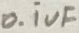
Text: 0.1uF